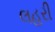
લહરી